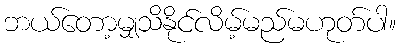
ဘယ်တော့မျှသိနိုင်လိမ့်မည်မဟုတ်ပါ။